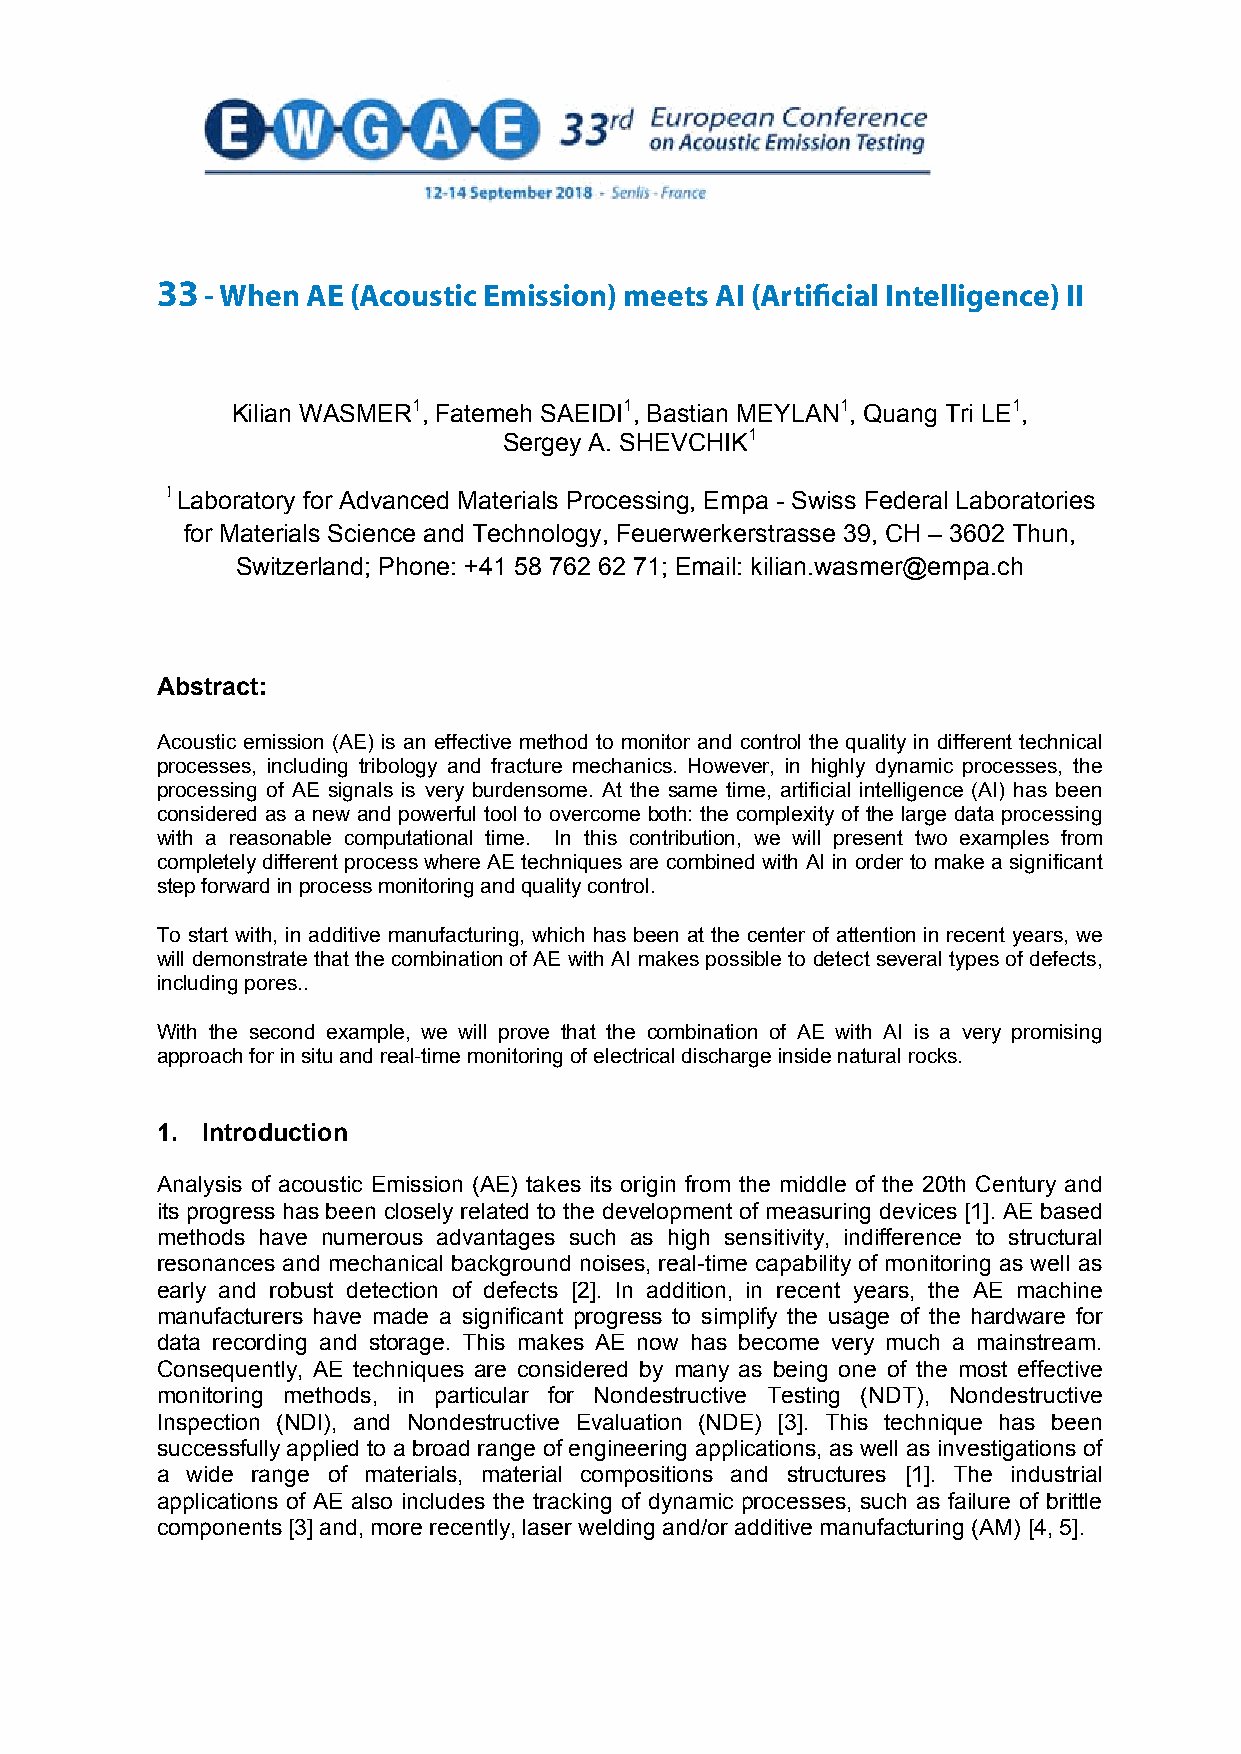
33  - When AE (Acoustic Emission) meets AI (Artificial Intelligence) II
 WHEN  AE (ACOUSTIC   EMISSION) MEETS
 AI (ARTIFICIAL INTELLIGENCE)  II
 Kilian WASMER1, Fatemeh SAEIDI1, Bastian MEYLAN1, Quang Tri LE1,
 Sergey A. SHEVCHIK1
 1Laboratory for Advanced Materials Processing, Empa - Swiss Federal Laboratories
 for Materials Science and Technology, Feuerwerkerstrasse 39, CH – 3602 Thun,
 Switzerland; Phone: +41 58 762 62 71; Email: kilian.wasmer@empa.ch
 Abstract:
 Acoustic emission (AE) is an effective method to monitor and control the quality in different technical
 processes, including tribology and fracture mechanics. However, in highly dynamic processes, the
 processing of AE signals is very burdensome. At the same time, artificial intelligence (AI) has been
 considered as a new and powerful tool to overcome both: the complexity of the large data processing
 with a reasonable computational time. In this contribution, we will present two examples from
 completely different process where AE techniques are combined with AI in order to make a significant
 step forward in process monitoring and quality control.
 To start with, in additive manufacturing, which has been at the center of attention in recent years, we
 will demonstrate that the combination of AE with AI makes possible to detect several types of defects,
 including pores..
 With the second example, we will prove that the combination of AE with AI is a very promising
 approach for in situ and real-time monitoring of electrical discharge inside natural rocks.
 1. Introduction
 Analysis of acoustic Emission (AE) takes its origin from the middle of the 20th Century and
 its progress has been closely related to the development of measuring devices [1]. AE based
 methods have numerous advantages such as high sensitivity, indifference to structural
 resonances and mechanical background noises, real-time capability of monitoring as well as
 early and robust detection of defects [2]. In addition, in recent years, the AE machine
 manufacturers have made a significant progress to simplify the usage of the hardware for
 data recording and storage. This makes AE now has become very much a mainstream.
 Consequently, AE techniques are considered by many as being one of the most effective
 monitoring methods, in particular for Nondestructive Testing (NDT), Nondestructive
 Inspection (NDI), and Nondestructive Evaluation (NDE) [3]. This technique has been
 successfully applied to a broad range of engineering applications, as well as investigations of
 a wide range of materials, material compositions and structures [1]. The industrial
 applications of AE also includes the tracking of dynamic processes, such as failure of brittle
 components [3] and, more recently, laser welding and/or additive manufacturing (AM) [4, 5].
 1